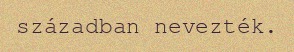
században nevezték.